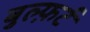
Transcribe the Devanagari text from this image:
बुल्फ़र्ट